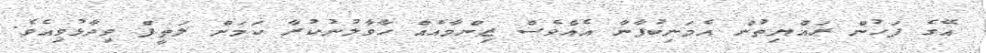
އޭގެ ފަހުން ރައްޔިތުން އެމަނިކުފާނާ އެއްވެސް ޒިންމާއެއް ހާވާލުނުކުރާ ކަމަށް ލަތީފް ވިދާޅުވިއެވެ.